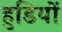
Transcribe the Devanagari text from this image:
हुडियों